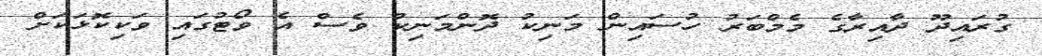
ގުރައިދޫ ދާއިރާގެ މެމްބަރު ހުސައިން މަނިކު ދޮންމަނިކު ވެސް އެ ވޯޓުގައި ވަކިކޮޅަކަށް